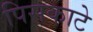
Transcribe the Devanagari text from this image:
पिसकाटे